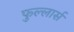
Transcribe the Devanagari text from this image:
फुल्लार्स